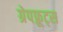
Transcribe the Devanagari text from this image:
ग्रेपफ्रूट्स